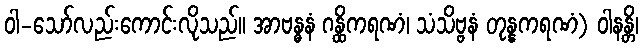
ဝါ-သော်လည်းကောင်းလိုသည်။ အာဗန္ဓနံ ဂန္ထိကရဏံ၊ သံသိဗ္ဗနံ တုန္နကရဏံ) ဝါနန္တိ၊